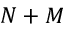
N + M